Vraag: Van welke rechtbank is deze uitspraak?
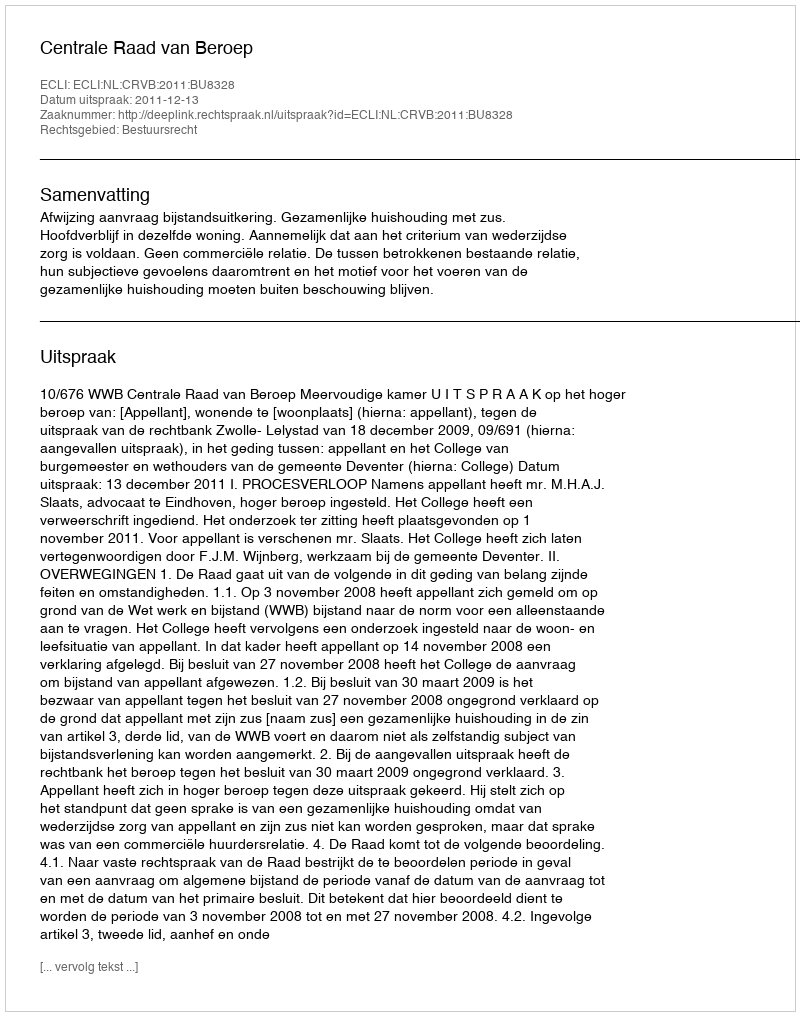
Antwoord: Centrale Raad van Beroep